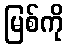
မြစ်ကို